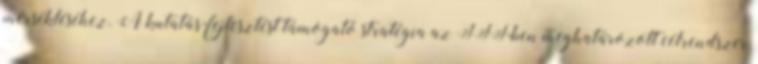
mérsékléséhez. A kutatás-fejlesztést támogató stratégia az IFT-ben meghatározott célrendszer